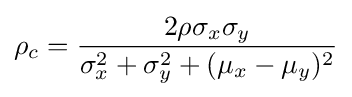
\rho _{c}={\frac {2\rho \sigma _{x}\sigma _{y}}{\sigma _{x}^{2}+\sigma _{y}^{2}+(\mu _{x}-\mu _{y})^{2}}}